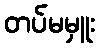
တပ်မမှူး